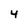
Character: 4